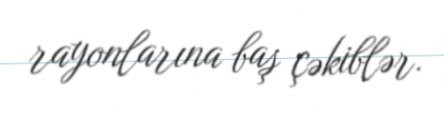
rayonlarına baş çəkiblər.